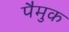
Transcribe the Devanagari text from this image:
पैमुक